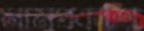
নামপ্রকাশ